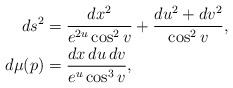
\begin{align*} ds^{2} &= \frac{dx^{2}}{e^{2u}\cos^{2}v}+\frac{du^{2}+dv^{2}}{\cos^{2}v},\\ d\mu(p) &= \frac{dx\,du\,dv}{e^{u}\cos^{3}v}, \end{align*}